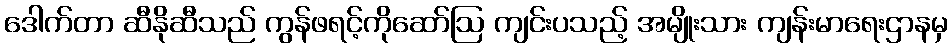
ဒေါက်တာ ဆီနိုဆီသည် ကွန်ဖရင့်ကိုဆော်ဩ ကျင်းပသည့် အမျိုးသား ကျန်းမာရေးဌာနမှ